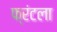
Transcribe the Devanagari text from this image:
फ्रंटला